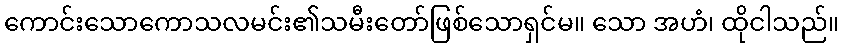
ကောင်းသောကောသလမင်း၏သမီးတော်ဖြစ်သောရှင်မ။ သော အဟံ၊ ထိုငါသည်။